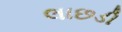
લાછડી